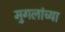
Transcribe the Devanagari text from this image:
मुगलांच्या